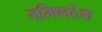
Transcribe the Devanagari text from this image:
तमिलदेश